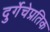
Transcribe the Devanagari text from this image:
दुर्गेचेप्रतिक